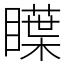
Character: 瞸